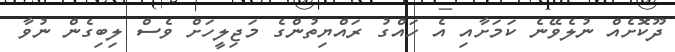
ދޫކޮށެއް ނުލެވޭނެ ކަމަށާއި އެ ހައްގު ރައްޔިތުންގެ މަޖިލީހަށް ވެސް ލިބިގެން ނުވާ